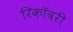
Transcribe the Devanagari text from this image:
रिकॉवरी